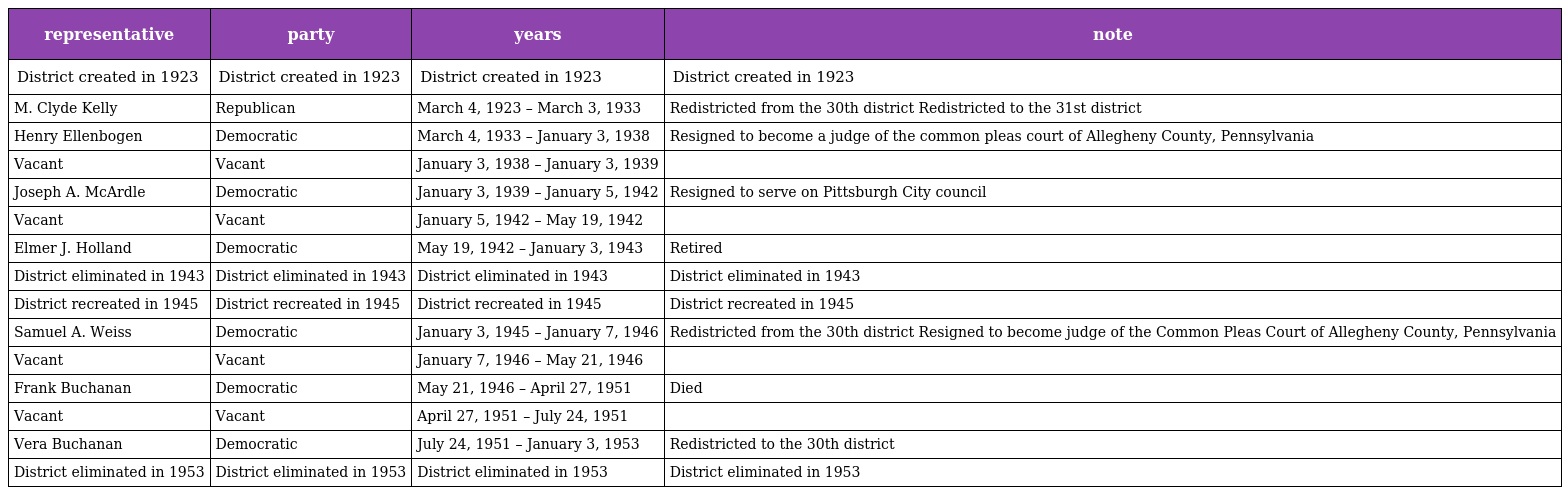
| representative | party | years | note |
 | --- | --- | --- | --- |
 | District created in 1923 | District created in 1923 | District created in 1923 | District created in 1923 |
 | M. Clyde Kelly | Republican | March 4, 1923 – March 3, 1933 | Redistricted from the 30th district Redistricted to the 31st district |
 | Henry Ellenbogen | Democratic | March 4, 1933 – January 3, 1938 | Resigned to become a judge of the common pleas court of Allegheny County, Pennsylvania |
 | Vacant | Vacant | January 3, 1938 – January 3, 1939 |  |
 | Joseph A. McArdle | Democratic | January 3, 1939 – January 5, 1942 | Resigned to serve on Pittsburgh City council |
 | Vacant | Vacant | January 5, 1942 – May 19, 1942 |  |
 | Elmer J. Holland | Democratic | May 19, 1942 – January 3, 1943 | Retired |
 | District eliminated in 1943 | District eliminated in 1943 | District eliminated in 1943 | District eliminated in 1943 |
 | District recreated in 1945 | District recreated in 1945 | District recreated in 1945 | District recreated in 1945 |
 | Samuel A. Weiss | Democratic | January 3, 1945 – January 7, 1946 | Redistricted from the 30th district Resigned to become judge of the Common Pleas Court of Allegheny County, Pennsylvania |
 | Vacant | Vacant | January 7, 1946 – May 21, 1946 |  |
 | Frank Buchanan | Democratic | May 21, 1946 – April 27, 1951 | Died |
 | Vacant | Vacant | April 27, 1951 – July 24, 1951 |  |
 | Vera Buchanan | Democratic | July 24, 1951 – January 3, 1953 | Redistricted to the 30th district |
 | District eliminated in 1953 | District eliminated in 1953 | District eliminated in 1953 | District eliminated in 1953 |